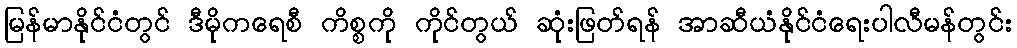
မြန်မာနိုင်ငံတွင် ဒီမိုကရေစီ ကိစ္စကို ကိုင်တွယ် ဆုံးဖြတ်ရန် အာဆီယံနိုင်ငံရေးပါလီမန်တွင်း